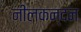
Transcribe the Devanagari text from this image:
नीलकन्दन